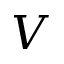
V